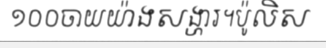
១០០ចាយយ៉ាងសង្ហារ។ប៉ូលិស